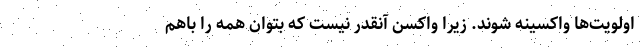
اولویت‌ها واکسینه شوند. زیرا واکسن آنقدر نیست که بتوان همه را باهم